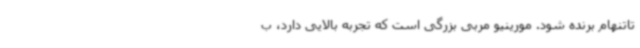
تاتنهام برنده شود. مورینیو مربی بزرگی است که تجربه بالایی دارد، ب